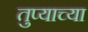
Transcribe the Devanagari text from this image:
तुप्याच्या